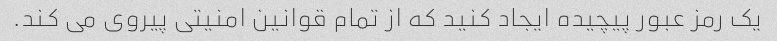
یک رمز عبور پیچیده ایجاد کنید که از تمام قوانین امنیتی پیروی می کند.